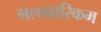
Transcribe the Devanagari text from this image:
मलाबारिकम